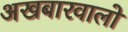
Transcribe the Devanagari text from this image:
अखबारवालो